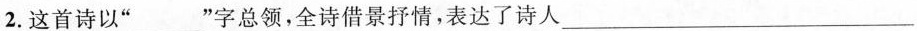
2.这首诗以”___”字总领，全诗借景抒情，表达了诗人___